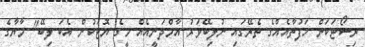
ރިސޯޓަކަށް ހަފުތާއެއްގެ ތެރޭގައި ނުލިބޭވަރު އާމްދަނީއެއް މީގެ ޔޮޓަކުން އެބަ ލިބޭ" މާޔާގެ